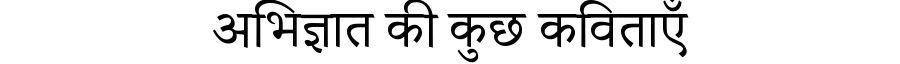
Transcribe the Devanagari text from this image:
अभिज्ञात की कुछ कविताएँ